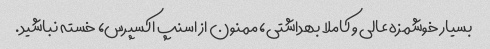
بسیار خوشمزه عالی و کاملا بهداشتی، ممنون از اسنپ اکسپرس، خسته نباشید.